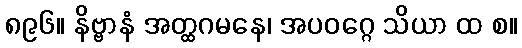
၈၉၆။ နိဗ္ဗာနံ အတ္ထဂမနေ၊ အပဝဂ္ဂေ သိယာ ထ စ။